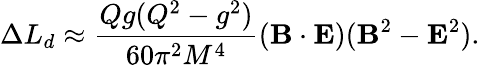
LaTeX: \Delta L_{d}\approx\frac{Qg(Q^{2}-g^{2})}{60\pi^{2}M^{4}}({\mathbf B}\cdot{\mathbf E})({\mathbf B}^{2}-{\mathbf E}^{2}).